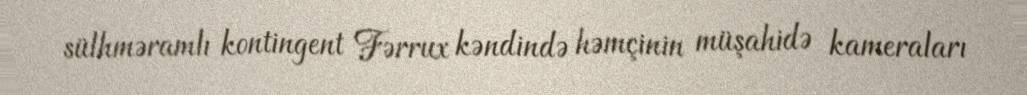
sülhməramlı kontingent Fərrux kəndində həmçinin müşahidə kameraları